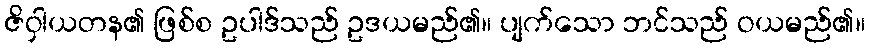
ဇိဝှါယတန၏ ဖြစ်စ ဥပါဒ်သည် ဥဒယမည်၏။ ပျက်သော ဘင်သည် ဝယမည်၏။